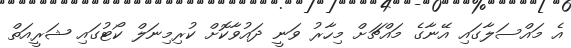
އެ މައްސަލާގައި އޭނާގެ މައްޗަށް މިހާރު ވަނީ ދައުވާކޮށް ކުރިމިނަލް ކޯޓުގައި ޝަރީއަތް